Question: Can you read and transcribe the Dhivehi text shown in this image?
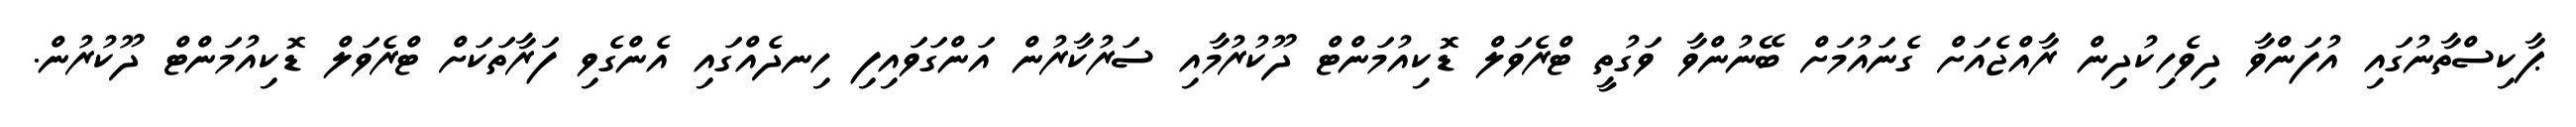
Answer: ޕާކިސްތާނުގައި އުފަންވާ ދިވެހިކުދިން ރާއްޖެއަށް ގެނައުމަށް ބޭނުންވާ ވަގުތީ ޓްރެވަލް ޑޮކިއުމަންޓް ދޫކުރުމާއި ސަރުކާރުން އަންގަވައިފި ހިނދެއްގައި އެންގެވި ފަރާތަކަށް ޓްރެވަލް ޑޮކިއުމަންޓް ދޫކުރުން.